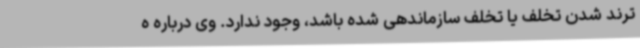
ترند شدن تخلف یا تخلف سازماندهی شده باشد، وجود ندارد. وی درباره ه